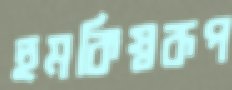
হুমকিস্বরূপ